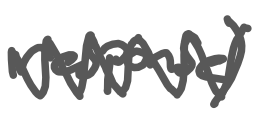
Text: response)
Cross-out: zig-zag
Writing tool: digital_gray